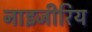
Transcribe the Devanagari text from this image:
नाइजीरिय